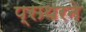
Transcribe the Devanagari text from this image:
प्राथरने